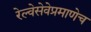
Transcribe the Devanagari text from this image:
रेल्वेसेवेप्रमाणेच